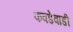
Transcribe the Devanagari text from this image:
कवडेवाडी